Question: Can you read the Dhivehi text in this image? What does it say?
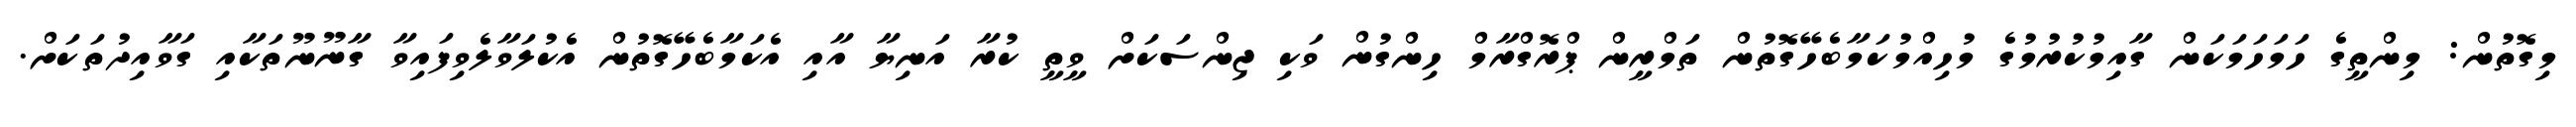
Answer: މިގޮތުން: މިންތީގެ ހަމަހަމަކަން ގާއިމުކުރުމުގެ މުހިއްމުކަމާބެހޭގޮތުން ތަމްރީން ޕްރޮގްރާމް ހިންގުން ވަކި ޖިންސަކަށް ވީތީ ކުރާ އަނިޔާ އާއި އެކަމާބެހޭގޮތުން އެކުލަވާލެވިފައިވާ ގާނޫނޫތަކާއި ގަވާއިދުތަކަށް.